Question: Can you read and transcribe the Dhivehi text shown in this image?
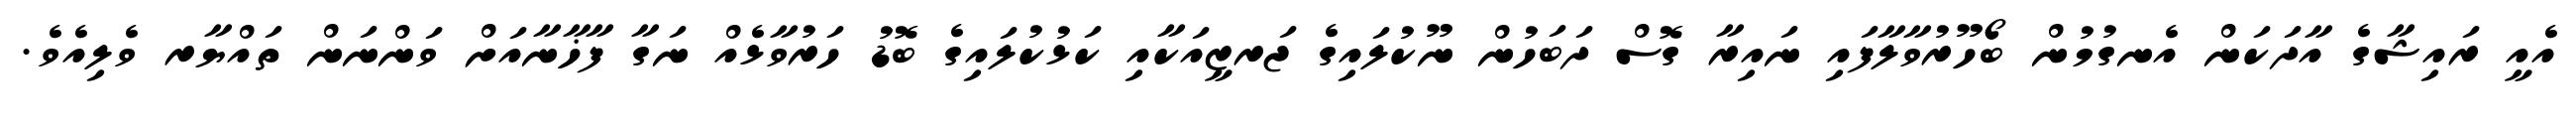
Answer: އެއީ ރައިޝާގެ އާދަކަން އެނގުމުން ބޯހޫރުވާލާފައި ނައިރާ ގޮސް ދަބަހުން ނޫކުލައިގެ ޖަރޒީއަކާއި ކަޅުކުލައިގެ ބޮޑު ހަރުވާޅެއް ނަގާ ފާޚާނާއަށް ވަންނަން ތައްޔާރ ވެލިއެވެ.